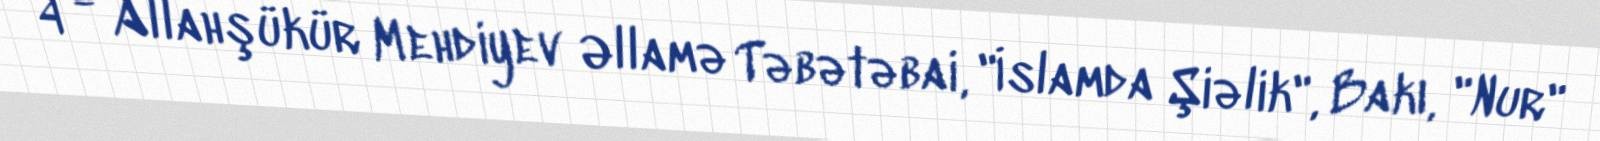
4 - Allahşükür Mehdiyev Əllamə Təbətəbai, "İslamda Şiəlik", Bakı, "Nur"